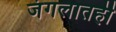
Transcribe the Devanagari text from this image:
जंगलातही